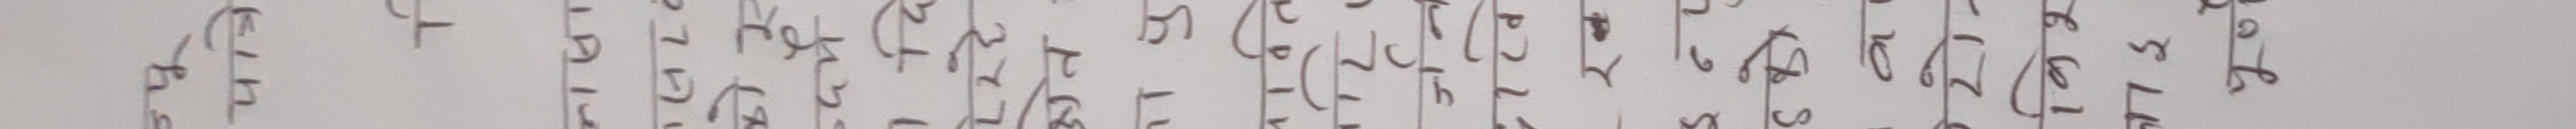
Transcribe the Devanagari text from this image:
दाब न प.स. ता ल.स. आ क घ.स ब.स. श.स. च.स. य.स. र.स.
२ ९० १८ ३५ १० ८ ४ २ १ १७ १६० ७
३ १०० २० ५० २० १२ ६ ४ २ १७ २०० १०